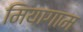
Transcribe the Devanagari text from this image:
मियागाम